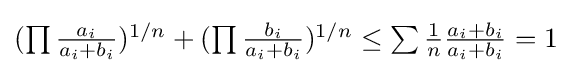
{\textstyle (\prod {\frac {a_{i}}{a_{i}+b_{i}}})^{1/n}+(\prod {\frac {b_{i}}{a_{i}+b_{i}}})^{1/n}\leq \sum {\frac {1}{n}}{\frac {a_{i}+b_{i}}{a_{i}+b_{i}}}=1}